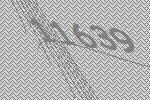
11639